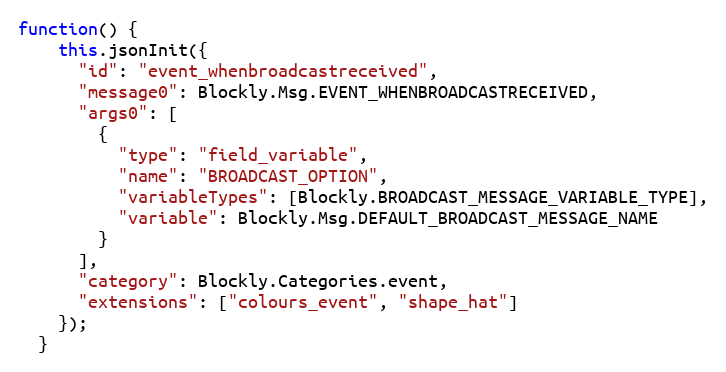
Language: JavaScript
function() {
    this.jsonInit({
      "id": "event_whenbroadcastreceived",
      "message0": Blockly.Msg.EVENT_WHENBROADCASTRECEIVED,
      "args0": [
        {
          "type": "field_variable",
          "name": "BROADCAST_OPTION",
          "variableTypes": [Blockly.BROADCAST_MESSAGE_VARIABLE_TYPE],
          "variable": Blockly.Msg.DEFAULT_BROADCAST_MESSAGE_NAME
        }
      ],
      "category": Blockly.Categories.event,
      "extensions": ["colours_event", "shape_hat"]
    });
  }